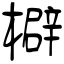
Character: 檘